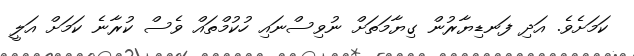
ކަމަށެވެ. އަދި ފަނޑިޔާރުން ގިޔާމަތަށް ނުވިސްނައި ހުކުމްތައް ވެސް ކުރާނެ ކަމަށް އަލީ